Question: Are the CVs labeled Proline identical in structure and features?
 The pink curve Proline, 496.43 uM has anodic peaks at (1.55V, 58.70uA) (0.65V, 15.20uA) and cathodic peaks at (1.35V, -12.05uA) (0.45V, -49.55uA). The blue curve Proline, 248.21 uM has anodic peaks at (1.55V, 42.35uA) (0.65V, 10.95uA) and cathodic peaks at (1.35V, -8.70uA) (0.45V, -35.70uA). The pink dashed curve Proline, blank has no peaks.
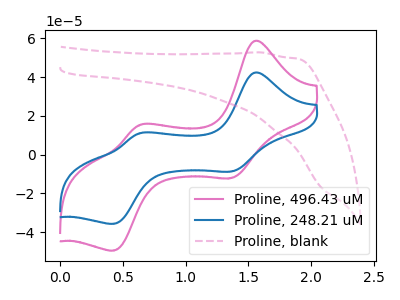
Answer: <think>All the peaks in "Proline, 496.43 uM" have a peak in "Proline, 248.21 uM" at the same potential. Every peak in "Proline, 496.43 uM" is higher than every peak in "Proline, 248.21 uM". "Proline, 496.43 uM" and "Proline, blank" have a different number of peaks. "Proline, 248.21 uM" and "Proline, blank" have a different number of peaks.
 </think>
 <answer>All the CV's of "Proline" have similar shape.</answer>
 <eval>follow_rule</eval>